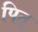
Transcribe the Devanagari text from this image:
पित्